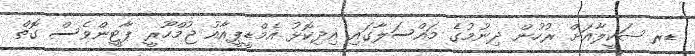
ޑރ ޝަކީލާއަށް ރުހުން ދިނުމުގެ މައްސަލާގައި އިދިކޮޅު އެމްޑީޕީއާއު ޖުމްހޫރީ ޕާޓީންވެސް ގޮތް